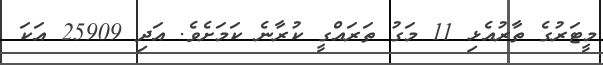
މީޓަރުގެ ތާރުއެޅި 11 މަގު ތަރައްގީ ކުރާނެ ކަމަށެވެ. އަދި 25909 އަކަ